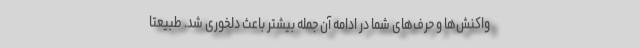
واکنش‌ها و حرف‌های شما در ادامه آن جمله بیشتر باعث دلخوری شد. طبیعتا